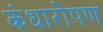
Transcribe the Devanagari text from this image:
कंधारोपण